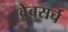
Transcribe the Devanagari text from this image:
वेबसर्च